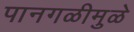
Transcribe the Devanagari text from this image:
पानगळीमुळे